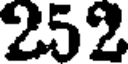
252